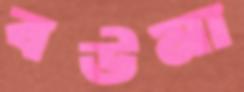
বউমা